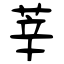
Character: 莘